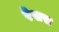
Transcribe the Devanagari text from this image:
रेसस